Vital statistics of India. Vol. IV, Annual returns from 1871 to 1876. British Army of India, Native Army and jails of Bengal
Year: 1871
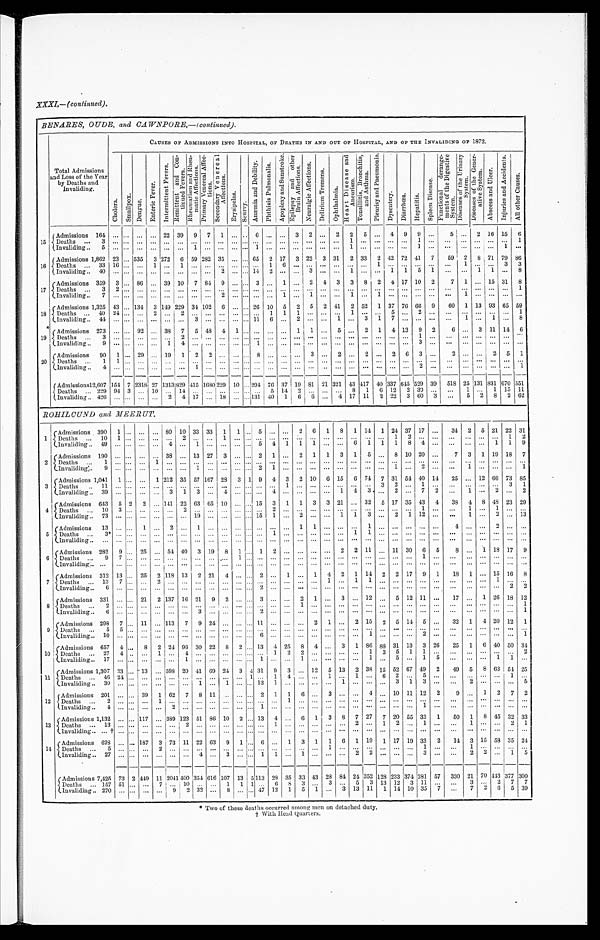
XXXI,—(continued).
BENARES, OUDE, and CAWNP0RE,—(continued ).
Total Admissions
and Loss of the Year
by Deaths and
Invaliding.
CAUSES OF ADMISSIONS INTO HOSPITAL, OF DEATHS IN AND OUT OF HOSPITAL, AND OF THE INVALIDING OF 1872.
C h o l e r a .
S m a l l p o x .
D e n g u e .
E n t e r i c F e v e r .
I n t e r m i t t e n t F e v e r s .
R e m i t t e n t a n d C o n -
t i n u e d F e v e r s .
R h e u m a t i s m a n d R h e u -
m a t i c A f f e c t i o n s .
P r i m a r y V e n e r a l A f f e c -
t i o n s .
S e c o n d a r y
V e n e r a l A f f e c t i o n s .
E r y s i p e l a s .
S c u r v y .
A n æ m i a a n d D e b i l i t y .
P h t h i s i s P u l m o n a l i s .
A p o p l e x y a n d S u n s t r o k e .
E p i l e p s y a n d o t h e r B r a i n A f f e c t i o n s .
N e u r a l g i c A f f e c t i o n s .
D e l i r i u m T r e m e n s .
O p h t h a l m i a .
H e a r t D i s e a s e a n d A n e u r i s m .
T o n s i l l i t i s , B r o n c h i t i s , a n d A s t h m a .
P l e u r i s y a n d P n e u m o n i a .
D y s e n t e r y .
D i a r r h œ a .
H e p a t i t i s .
S p l e e n D i s e a s e .
F u n c t i o n a l d e r a n g e -
m e n t s o f t h e D i g e s t i v e S y s t e m .
D i s e a s e s o f t h e U r i n a r y S y s t e m .
D i s e a s e s o f t h e G e n e r - a t i v e S y s t e m .
A b s c e s s a n d U l c e r .
I n j u r i e s a n d A c c i d e n t s .
A l l o t h e r C a u s e s .
1 5
Admissions 164 ... ... ...
. . . 22 39
9
7
1
...
. . . 6
...
...
3
2 ...
2
2
5 ...
4
9
9 ...
5
...
2 16 15
6
D e a t h s . . . 3
. . .
...
. . .
. . .
. . .
. . .
. . .
. . .
. . .
. . . . . .
. . .
. . .
...
. . .
. . .
. . .
. . .
1
. . .
. . .
. . .
. . .
. . 1 .
. . .
. . .
. . .
. . . . . . ...
1
I n v a l i d i n g . . . 5
... ...
. . .
. . .
. . .
. . .
1
. . .
. . .
. . . . . .
1
. . .
...
. . .
. . .
. . .
. . .
1
. . .
. . .
. . .
. . .
1 .
. . .
. . .
. . .
. . . . . . 1
. . .
16
A d m i s s i o n s 1 , 8 6 2
2 3 ... 535
3 272
6 59 282
3 5
. . .
... 65
2
17
3 22
3 31
2 33
42 72 41
7
59
2
8 71 79 86
D e a t h s . . . 3 3
1 6
...
. . .
1
. . .
1
. . .
. . .
. . .
. . . . . .
. . .
1
6
. . .
. . .
. . .
. . .
. . .
. . . 1
. . .
. . .
. . .
. . .
. . .
1
. . .
. . . 3
3
Invaliding... 4 0
. . .
....
. . .
. . .
. . .
. . .
. . .
. . .
2
. . . . . .
1 4
2 ...
. . .
3
. . .
. . .
1
. . .
. . .
1
1
5
1
. . .
. . .
1
1 ...
8
17
A d m i s s i o n 3 5 9 3 ... 86 ... 39 10
7
84
9 ... ... 3 .... 1 ...
2
4
3
3
8
2
4 17 10
2
7
1
...
15 31
8
Deaths ...
3 2 ... ... ... ... ... ... ...
. . . ... ... ... ... ... ... ... ... ... ... ... ... ... ... ... ...
...
... ... ... ...
1
I n v a l i d i n g . . . 7
. . .
...
. . .
. . .
. . .
. . .
. . .
. . .
2
. . . . . .
. . .
. . .
1
. . .
1
. . .
. . .
1
. . .
1
. . .
. . .
. . .
. . .
. . .
1
. . . . . . ...
. . .
18
A d m i s s i o n s 1 , 3 2 5 43
134
3
1 4 9 229 34 102
6 ... ... 26
1 0
5
2 5
2 41
2 52
1
37 76
6 6
9 60
1
13 93 65 59
D e a t h s . . . 4 0
2 4
...
. . .
2
. . .
2
. . .
. . .
. . .
. . . . . .
. . . 1
1
1
. . .
. . .
. . .
1
. . .
. . .
5
. . .
2 . . .
. . .
. . .
. . .
. . .
. . .
. . . 1
I n v a l i d i n g . . . 4 4
. . .
...
. . .
. . .
. . .
. . .
3
. . .
. . .
. . . . . .
1 1
6 ...
2
. . .
. . .
1
. . .
3
1
7
. . .
. . .
. . .
. . .
1
. . .
1 ...
8
19
Admissions 273 ... ... 92
. . . 38
7
5
48 4
1 ...
. . .
. . . ...
1
1
...
5
..
2
1
4
1 3
9
2
6 ...
3 11 14
6
Deaths ...
3
. . . ...
. . .
. . .
. . . 2
. . .
. . .
. . .
. . . . . .
. . .
. . . ...
. . .
. . .
. . .
. . . . . .
. . .
. . .
. . .
. . .
1
. . .
. . .
. . .
. . .
. . .
...
. . .
I n v a l i d i n g . . . 9
. . .
....
. . .
. . .
1
4
. . .
. . .
. . .
. . . . . .
1
. . . ...
. . .
. . .
. . .
. . . . . .
. . .
. . .
. . .
. . .
3
. .
. . .
. . .
. . .
. . .
...
. . .
20
Admissions
90
1 ...
29 ... 19
1
2
2 ... ...
. . .
8
. . .
...
...
3 ...
2 ...
2
...
2 6
3 ...
2 ... ...
2
5
1
Deaths ...
1 1 ...
. . .
. . .
. . . . . .
. . .
. . .
. . .
. . . ...
. . . . . . ...
. . .
. . .
. . .
. . .
. . .
. . .
. . .
. . .
. . .
. . .
. . .
. . .
. . .
. . .
. . . ...
. . .
I n v a l i d i n g . . . 4
. . .
...
. . .
. . .
. . .
. . .
1
. . .
. . .
. . . . . .
. . .
. . .
...
. . .
. . .
. . .
. . .
. . .
. . .
. . .
. . .
. . .
2
. . .
. . .
. . .
. . .
. . . ...
1
A d m i s s i o n s 1 2 , 6 0 7 154 7 2318 27 1313 829 415 1680 229 10 ... 294
76
37 19
8 1 21 321
43
4 1 7
40 337 645 529 39
5 1 8
2 5 131 831 670
5 5 1
D e a t h s . . . 2 2 9 94 3 ... 10... 14 ... ... ... ... ... ...
5 14
2 ... ... ...
8
1
6 12
2 30 ...
...
1 ...
1
15 11
Invaliding ... 4 2 6 ... ... ... ...
2
4
17 ... 18 ...
. . . 131 40
1
6
6 ...
4
17
11
2
22
3
60
3
...
5
2
8
2 62
ROHILCUND and MEERUT.
1
Admissions 390
1 ...
...
...
80
10
33 33
1
1 ...
5 ... ...
2
6
1
8
1
14
1
24 37 17 ...
34 2 5 21 22 31
D e a t h s . . . 1 0
1 ...
. . .
. . .
. . .
2
. . .
. . .
1
. . . . . .
. . .
. . .
...
. . .
. . .
. . .
. . .
. . .
. . .
. . .
1
2
. . .
. . .
. . .
. . .
. . .
. . . 1
2
invaliding .. 49
. . . ... ... ...
4 ...
1
...
...
... ...
5
4
1
1
1
...
...
6
1
1
1
8
4
...
...
. . .
. . .
1
1
9
2
Admissions 190 ... ... ... ... 38 ... 13 27
3 ... ... 2
1
...
2
1
1
3
1
5
...
8 10 20 ...
7
3
1
19 18
7
D e a t h s . . . 1
. . .
...
. . .
1
. . .
. . .
. . .
. . .
. . .
. . . . . .
. . .
. . . ...
. . .
. . .
. . .
. . .
. . .
. . .
. . .
. . .
. . .
. . .
. . .
. . .
. . .
. . .
. . . ...
. . .
I n v a l i d i n g . . . 9
. . .
...
. . .
. . .
. . .
. . .
1
. . .
. . .
. . . . . .
2
1 ...
. . .
. . .
. . .
. . .
. . .
. . .
. . .
1
. . .
2
. . .
. . .
1
. . .
. . . ...
1
3
Admissions 1,041
1 ...
...
1 212 35 57 167 28
3 1 9
4 3
2 10
6 15
6 74
7
31 54 40 14
25 ... 12 66 73 85
D e a t h s . . . 1 1
. . .
...
. . .
. . .
. . .
. . .
. . .
. . .
. . .
. . . . . .
. . .
. . . 1
. . .
. . .
. . .
. . .
. . .
. . .
3
2
. . .
1
. . .
. . .
. . .
. . .
. . . 3
1
Invaliding .. 39 ... ... ... ...
3
1
3
...
4
... ... ...
4
...
...
...
...
1
4
3 ...
2 ...
7
2
...
1
...
2 ...
2
4
Admissions 643
5 2
2 ... 141 22 63 65 10 ... ... 15
3
1
1
3
3 21 ... 32
5 17 35 43
4
38
4
8
48 23 29
D e a t h s . . . 1 0 3 ...
. . .
. . .
. . .
2 ...
...
. . .
. . .
. . . ...
2 ...
...
. . . ... ... ...
. . . ...
. . . ...
1
. . .
. . .
1
. . .
1 ...
. . .
Invaliding... 73 ... ... ... .... ... ... 19 ... ... ... ... 15
1
...
2
...
...
1
1
3 ... 2
1
12 ...
...
1
...
2
...
13
5
A d m i s s i o n 1 3
. . .
...
1
. . .
2
. . .
1
. . .
. . .
. . . . . .
. . .
. . . ...
1
1
. . .
. . .
. . .
1
. . .
. . .
. . .
. . .
. . .
4
. . .
. . .
2 ...
. . .
D e a t h s . . . 3 *
. . .
...
. . .
. . .
. . .
. . . .
. . .
. . .
. . .
. . . . . .
. . .
1 ...
. . .
. . .
. . .
. . .
1
1
. . .
. . .
. . .
. . .
. . .
. . .
. . .
. . .
. . . ...
. . .
I n v a l i d i n g . . . . .
. . .
...
. . .
. . .
. . .
. . .
. . .
. . .
. . .
. . . . . .
. . .
. . . ...
. . .
. . .
. . .
. . .
. . .
. . .
. . .
. . .
. . .
. . .
. . .
. . .
. . .
. . .
. . . ...
. . .
6 Admissions 282
9 ...
25 ... 54 40
3
19
8
1 ...
1
2
...
...
...
...
2
2 11 ... 11 30
6
5
8 ...
1
18 17
9
D e a t h s . . . 9
7 ...
. . .
. . .
. . .
. . .
. . .
. . .
1
. . . . . .
. . .
. . . ...
. . .
. . .
. . .
. . .
. . .
. . .
. . .
. . .
. . .
1
. . .
. . .
. . .
. . .
. . . ...
. . .
I n v a l i d i n g . . . . .
. . .
...
. . .
. . .
. . .
. . .
. . .
. . .
. . .
. . . . . .
. . .
. . .
. . .
. . .
. . .
. . .
. . .
. . .
. . . ...
...
. . .
. . .
. . .
. . .
. . .
. . .
. . .
. . .
. . .
7
Admissions 312 13
. . . 252 118 13
2 21
4
. . . . . .
2 ...
1
...
1
4
2
1
14
2 2
2 17
9
1
18
1
...
15 16
8
Deaths... 1 3 7 ...
. . . 2
. . .
. . .
. . .
. . .
. . .
. . . . . .
. . .
. . . ...
. . .
. . .
1
. . .
1
1
. . .
. . .
. . .
. . .
. . .
. . .
. . .
. . . 1 ...
. . .
Invaliding..
6
. . .
...
. . .
. . .
. . .
. . .
. . .
. . .
. . .
. . . . . .
2
. . . ...
. . .
. . .
. . .
. . .
. . .
. . .
. . .
. . .
. . .
. . .
. . .
. . .
. . .
. . .
. . . 2
2
8 Admissions 331 ... ... 21
2 137 16 21
9
2 ...
. . .
3
. . . ...
2
1
...
3
...
12 ...
5
12 11 ...
17 ...
1
26 18 1 2
D e a t h s . . . 2
. . .
...
. . .
. . .
. . .
. . .
. . .
. . .
. . .
. . . . . .
. . .
. . . ...
1
. . .
. . .
. . .
. . .
. . .
. . .
. . .
. . .
. . .
. . .
. . .
. . .
. . .
. . .
. . .
1
I n v a l i d i n g . . 6
. . .
...
. . .
. . .
. . .
. . .
3
. . .
. . .
. . . . . .
2
. . . ...
. . .
. . .
. . .
. . .
. . .
. . .
. . .
. . .
. . .
. . .
. . .
. . .
. . .
. . .
. . . ...
1
9
Admissions 298
7 ...
11
... 113
7
9 24 ... ... ... 11 ... ... ...
2
1
...
2 15
2
5
14
5
...
32
1
4
2 0 12
1
Deaths
...
5 5 ...
. . .
. . .
. . .
. . .
. . .
. . .
. . .
. . . . . .
. . .
. . .
. . .
. . .
. . .
. . .
. . .
. . .
. . .
. . .
. . .
. . .
. . .
. . .
. . .
. . .
. . .
. . .
. . .
. . .
I n v a l i d i n g . . 1 0
. . .
...
. . .
. . .
. . .
. . .
. . .
. . .
. . .
. . . . . .
6
. . . ...
. . .
. . .
. . .
. . .
. . .
1
. . .
. . .
. . .
2
. . .
. . .
. . .
. . .
. . . ...
1
1 0 Admissions 657
4 ...
8
2 24 96 30 22
8
2 . . .
1 3
4 25
8
4
...
3
1
86
88 31 13
3 26
25
1
6 40 50
34
D e a t h s . . . 2 7
4 ...
. . .
1
. . .
4
. . .
. . .
. . .
. . . . . .
. . .
1 2
2
. . .
. . .
. . .
. . .
1
3
5
1
1
. . .
. . .
. . .
. . .
. . . ...
2
I n v a l i d i n g s . . 1 7
. . .
...
. . .
. . .
. . .
1
. . .
. . .
. . .
. . . . . .
1
. . .
...
1
. . .
. . .
. . .
. . .
1
. . .
5
. . .
1
5
. . .
. . .
. . .
1 1
. . .
11
Admissions 1,307 33 ... 13 ... 598
2 0 41 69
2 4
3
4
31
9
3
12
5 13
2 38 15 52 67 49
2
49
5
8 63 54 25
Deaths ...
4 6
2 4
...
. . .
. . .
. . .
. . .
. . .
. . .
. . .
. . . 1
. . .
1 4
. . .
. . .
1
. . .
1
. . .
6
2
. . .
5
. . .
. . .
. . .
. . .
. . . 1
. . .
I n v a l i d i n g . . 3 0
. . .
...
. . .
. . .
. . .
. . .
1
. . .
1
. . . . . .
1 2
1 ...
. . .
. . .
. . .
1
. . .
. . .
. . .
3
1
3
. . .
. . .
2
. . .
. . . ...
5
1 2 Admissions 201 ... ... 39
1
62
7
8 11 ... ... ... 2
1
1
6 ...
3 ... ...
4
...
10
11
12
2
9
. . . 1
2
7
2
D e a t h s . . . 2
. . .
...
. . .
1
. . .
. . .
. . .
. . .
. . .
. . . . . .
. . .
. . . 1
. . .
. . .
. . .
. . .
. . .
. . .
. . .
. . .
. . .
. . .
. . .
. . .
. . .
. . .
. . . ...
. . .
I n v a l i d i n g . . 4
. . .
....
. . .
. . .
2
. . .
. . .
. . .
. . .
. . . . . .
1
. . . ...
. . .
. . .
. . .
. . .
. . .
. . .
. . .
. . .
. . .
1
. . .
. . .
. . .
. . .
. . .
. . .
. . .
13
Admissions 1,132
. . .
... 117
. . . 389 123 51 86
1 0
2 . . .
1 3
4 ...
6
1
3
8
7 27
7 20 55 33 1
50
1
8
45 32 33
D e a t h s . . . 1 3
. . . ...
. . .
. . .
. . .
2
. . .
. . .
. . .
. . . . . .
. . .
1
. . .
. . .
. . .
. . .
. . .
2
. . .
1
2
. . .
1
. . .
. . .
1 . . .
. . . 2
1
I n v a l i d i n g . . . . . †
. . .
...
. . .
. . .
. . .
. . .
. . .
. . .
. . .
. . . . . .
. . .
. . . ...
. . .
. . .
. . .
. . .
. . .
. . .
. . .
. . .
. . .
. . .
. . .
. . .
. . . . . .
. . . ...
. . .
1 4
Admissions 628 ... ... 18'7
3 73 11 22 63
9
1 ...
6 ...
1
3
1
1
6
1
19
1
17 19 33
2
14
3 15 58 35 24
D e a t h s . . . 5
. . .
...
. . .
2
. . .
. . .
. . .
. . .
. . .
. . . . . .
. . .
. . . ...
. . .
. . .
1
. . .
. . .
. . .
. . .
. . .
. . .
1
. . .
. . . 1
. . .
. . . ...
. . .
I n v a l i d i n g . . 2 7
. . .
...
. . .
. . .
. . .
. . .
4
. . .
3
. . . . . .
1
1 ...
1
. . .
. . .
. . .
2
2
. . .
. . .
. . .
3
. . .
. . .
2
2
. . . 1
5
Admissions 7,425 73 2 449 11 2041 400 354 616 107 13
5
1 1 3 28 35 33 43 28 84 24 352 128 233 374 281 57
330 21 70 443 377 300
Deaths ... 157 51 ... ...
7
. . . 10
...
...
1
1
1
. . .
6
8
3
...
3
...
5
3
13
12
3 11 ...
...
3
. . .
2
7 7
Invaliding .. 270 ... ... ... ...
9
2 32 ...
8
...
. . . 47 12
1
5
1
...
3 13 11
1
14 10 35
7
...
7
2
6
5 39
* Two of these deaths occurred among men on detached duty.
† With Head Quarters.